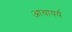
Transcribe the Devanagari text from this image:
आचायर्य